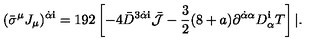
( { \bar { \sigma } } ^ { \mu } J _ { \mu } ) ^ { \dot { \alpha } { \mathbf i } } = 1 9 2 \left[ - 4 { \bar { D } } ^ { 3 \dot { \alpha } { \mathbf i } } { \bar { \cal J } } - \frac { 3 } { 2 } ( 8 + a ) \partial ^ { \dot { \alpha } \alpha } D _ { \alpha } ^ { \mathbf i } T \right] | .